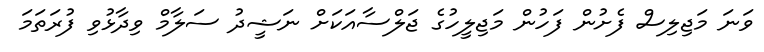
ވަނަ މަޖިލިސް ފެށުން ފަހުން މަޖިލީހުގެ ޖަލްސާއަކަށް ނަޝީދު ސަލާމް ވިދާޅުވި ފުރަތަމަ